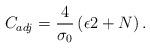
LaTeX: \begin{align*}C_{adj} = \frac{4}{\sigma_{0}} \left( \epsilon 2 + N \right). \end{align*}